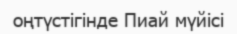
оңтүстігінде Пиай мүйісі